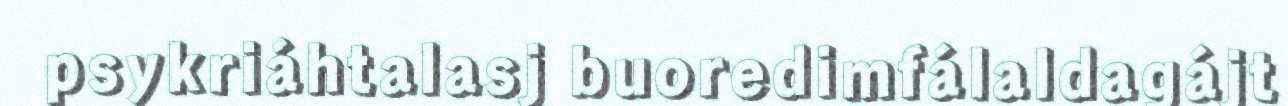
psykriáhtalasj buoredimfálaldagájt